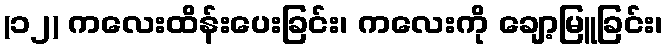
(၁၂) ကလေးထိန်းပေးခြင်း၊ ကလေးကို ချော့မြူခြင်း၊